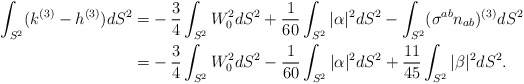
\begin{align*} \int_{S^2} (k^{(3)} - h^{(3)}) dS^2 =& -\frac{3}{4}\int_{S^2} W_0^2 d S^2 + \frac{1}{60} \int_{S^2} |\alpha|^2 dS^2- \int _{S^2}(\sigma^{ab} n_{ab})^{(3)} dS^2 \\=&-\frac{3}{4}\int_{S^2} W_0^2 d S^2 -\frac{1}{60} \int _{S^2} |\alpha|^2 dS^2 + \frac{11}{45} \int _{S^2} |\beta|^2 dS^2.\end{align*}